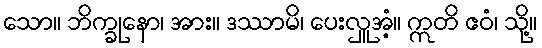
သော။ ဘိက္ခုနော၊ အား။ ဒဿာမိ၊ ပေးလှူအံ့။ ဣတိ ဧဝံ၊ သို့။